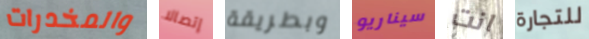
والمخدرات إتصالا وبطريقة سيناريو انت للتجارة